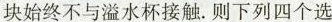
块始终不与溢水杯接触。则下列四个选